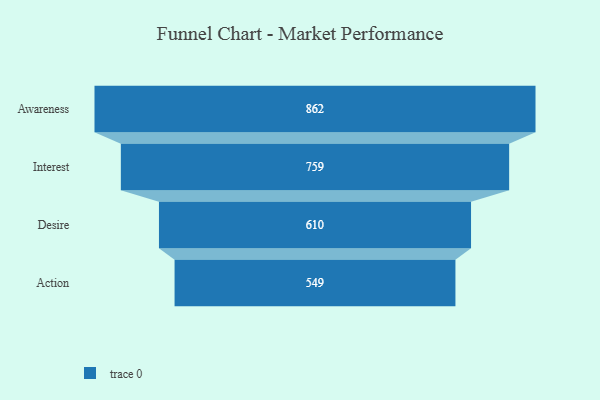
{"axis": {"x": "Stage", "y": "Value"}, "legend": [""], "data": [{"x": "Awareness", "y": 862.0, "type": ""}, {"x": "Interest", "y": 759.0, "type": ""}, {"x": "Desire", "y": 610.0, "type": ""}, {"x": "Action", "y": 549.0, "type": ""}]}